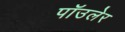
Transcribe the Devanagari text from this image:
पॉउलेर